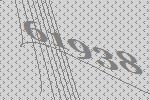
61938